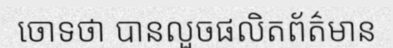
ចោទថា បានលួចផលិតព័ត៌មាន